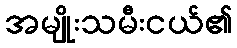
အမျိုးသမီးငယ်၏